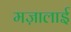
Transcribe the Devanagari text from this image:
मज़ालाई